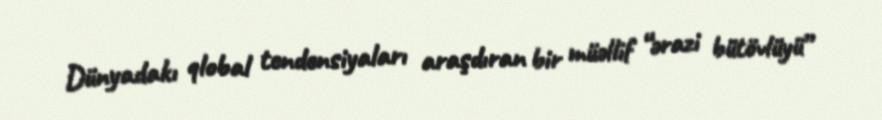
Dünyadakı qlobal tendensiyaları araşdıran bir müəllif “ərazi bütövlüyü”